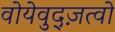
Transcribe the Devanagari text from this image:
वोयेवुद्ज़त्वो